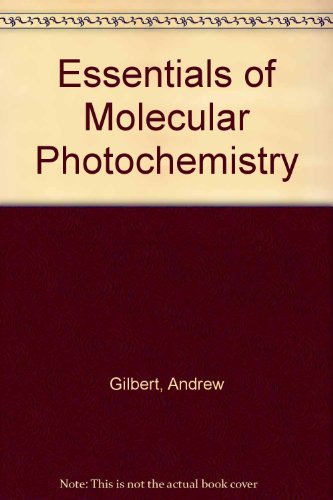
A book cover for Essentials of Molecular Photochemistry; Andrew Gilbert; Science & Math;